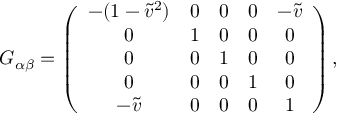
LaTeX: G _ { \alpha \beta } = \left( \begin{array} { c c c c c } { { - ( 1 - \tilde { v } ^ { 2 } ) } } & { { 0 } } & { { 0 } } & { { 0 } } & { { - \tilde { v } } } \\ { { 0 } } & { { 1 } } & { { 0 } } & { { 0 } } & { { 0 } } \\ { { 0 } } & { { 0 } } & { { 1 } } & { { 0 } } & { { 0 } } \\ { { 0 } } & { { 0 } } & { { 0 } } & { { 1 } } & { { 0 } } \\ { { - \tilde { v } } } & { { 0 } } & { { 0 } } & { { 0 } } & { { 1 } } \end{array} \right) ,